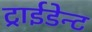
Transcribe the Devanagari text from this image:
ट्राईडेन्ट